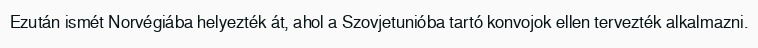
Ezután ismét Norvégiába helyezték át, ahol a Szovjetunióba tartó konvojok ellen tervezték alkalmazni.